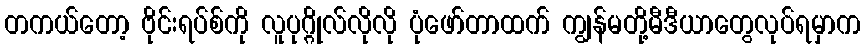
တကယ်တော့ ဗိုင်းရပ်စ်ကို လူပုဂ္ဂိုလ်လိုလို ပုံဖော်တာထက် ကျွန်မတို့မီဒီယာတွေလုပ်ရမှာက